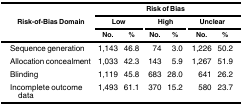
<table><thead><tr><td rowspan="3"><b>Risk-of-Bias Domain</b></td><td colspan="6"><b>Risk of Bias</b></td></tr><tr><td colspan="2"><b>Low</b></td><td colspan="2"><b>High</b></td><td colspan="2"><b>Unclear</b></td></tr><tr><td><b>No.</b></td><td><b>%</b></td><td><b>No.</b></td><td><b>%</b></td><td><b>No.</b></td><td><b>%</b></td></tr></thead><tbody><tr><td>Sequence generation</td><td>1,143</td><td>46.8</td><td>74</td><td>3.0</td><td>1,226</td><td>50.2</td></tr><tr><td>Allocation concealment</td><td>1,033</td><td>42.3</td><td>143</td><td>5.9</td><td>1,267</td><td>51.9</td></tr><tr><td>Blinding</td><td>1,119</td><td>45.8</td><td>683</td><td>28.0</td><td>641</td><td>26.2</td></tr><tr><td>Incomplete outcome data</td><td>1,493</td><td>61.1</td><td>370</td><td>15.2</td><td>580</td><td>23.7</td></tr></tbody></table>